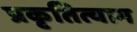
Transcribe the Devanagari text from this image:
प्रकृतित्याग